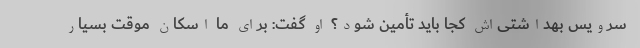
سرویس بهداشتی‌اش کجا باید تأمین شود؟ او گفت: برای ما اسکان موقت بسیار